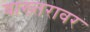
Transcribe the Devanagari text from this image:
बाख्तरावर